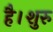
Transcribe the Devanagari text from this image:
है।शुरु